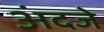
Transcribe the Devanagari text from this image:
अंदजे